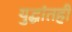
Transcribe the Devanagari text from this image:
युद्धांतही